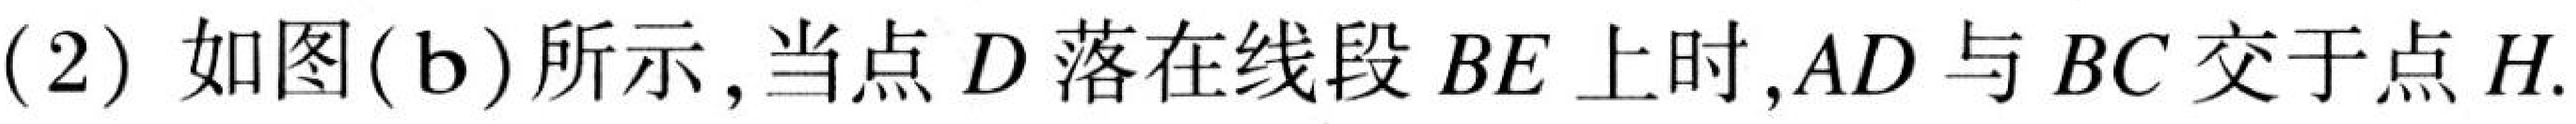
(2) 如图(b)所示,当点 \(D\) 落在线段 \(BE\) 上时,\(AD\) 与 \(BC\) 交于点 \(H\).